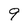
Character: 9